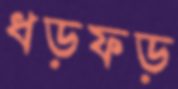
ধড়ফড়